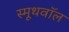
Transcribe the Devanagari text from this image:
स्मूथवॉल